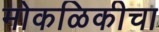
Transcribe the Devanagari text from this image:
मोकळिकीचा